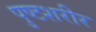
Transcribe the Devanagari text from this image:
पुष्टशरीर